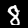
Label: 8